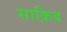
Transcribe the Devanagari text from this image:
साक़िब